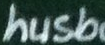
husb